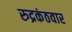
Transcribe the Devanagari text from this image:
रुद्रकंठवार